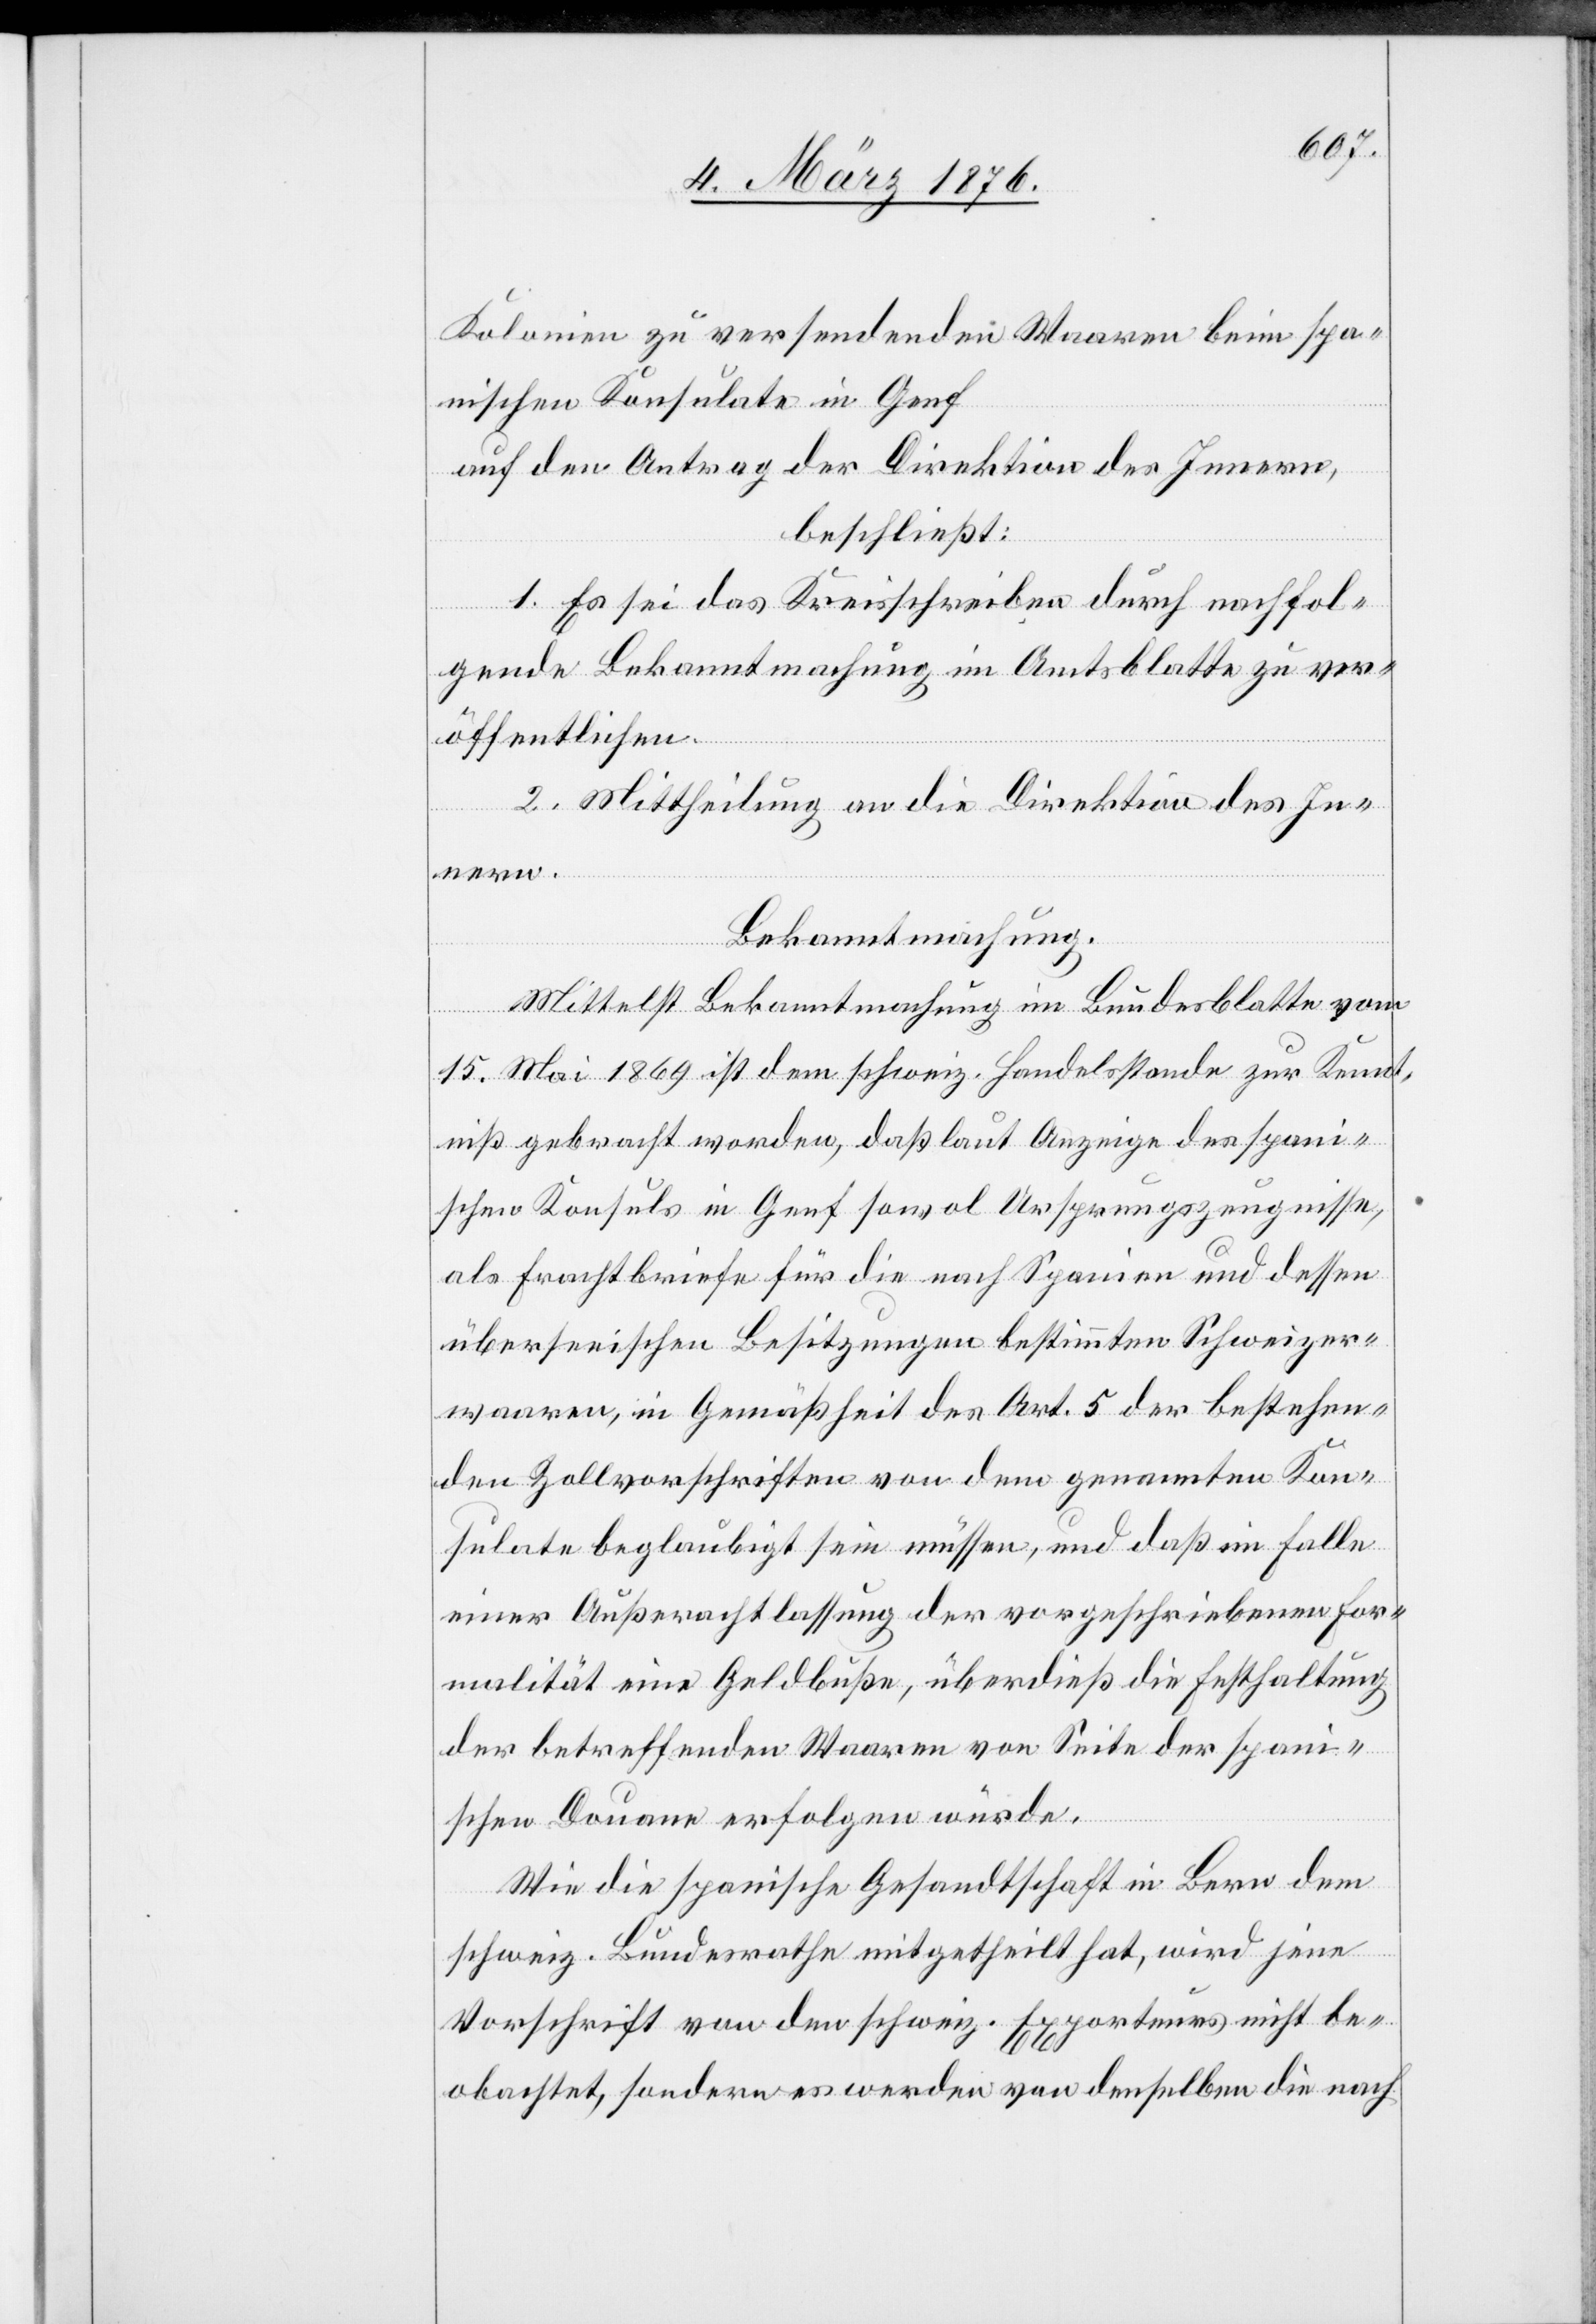
Kolonien zu versendenden Waaren beim spa¬
nischen Konsulate in Genf
auf den Antrag der Direktion des Innern,
beschließt:
1. Es sei das Kreisschreiben durch nachfol¬
gende Bekanntmachung im Amtsblatte zu ver¬
öffentlichen.
2. Mittheilung an die Direktion des In¬
nern.
Bekanntmachung.
Mittelst Bekanntmachung im Bundesblatte vom
15. Mai 1869 ist dem schweiz. Handelsstande zur Kennt¬
niß gebracht worden, daß laut Anzeige des spani¬
schen Konsuls in Genf sowol Ursprungszeugnisse,
als Frachtbriefe für die nach Spanien und dessen
überseeischen Besitzungen bestimmten Schweizer¬
waaren, in Gemäßheit des Art. 5 der bestehen¬
den Zollvorschriften von dem genannten Kon¬
sulate beglaubigt sein müssen, und daß im Falle
einer Außerachtlassung der vorgeschriebenen For¬
malität eine Geldbuße, überdieß die Festhaltung
der betreffenden Waaren von Seite der spani¬
schen Douane erfolgen würde.
Wie die spanische Gesandtschaft in Bern dem
schweiz. Bundesrathe mitgetheilt hat, wird jene
Vorschrift von den schweiz. Exporteurs nicht be¬
obachtet, sondern es werden von denselben die nach